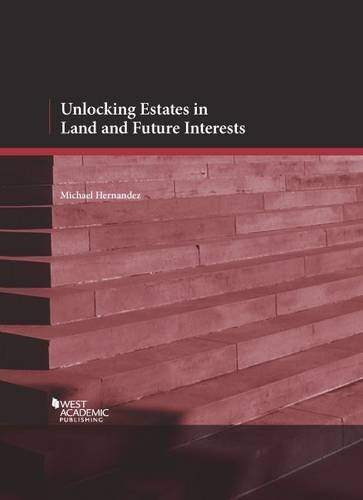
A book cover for Unlocking Estates in Land and Future Interests (American Casebook Series); Michael Hernandez; Law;